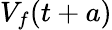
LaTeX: V_{f}(t+a)